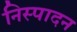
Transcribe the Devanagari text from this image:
निस्पादन